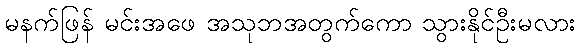
မနက်ဖြန် မင်းအဖေ အသုဘအတွက်ကော သွားနိုင်ဦးမလား